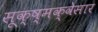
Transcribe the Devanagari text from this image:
सूक्ष्मक्वेसार